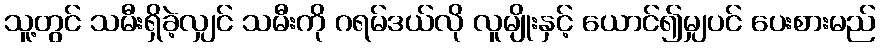
သူ့တွင် သမီးရှိခဲ့လျှင် သမီးကို ဂရမ်ဒယ်လို လူမျိုးနှင့် ယောင်၍မျှပင် ပေးစားမည်